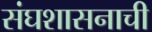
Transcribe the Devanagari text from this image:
संघशासनाची